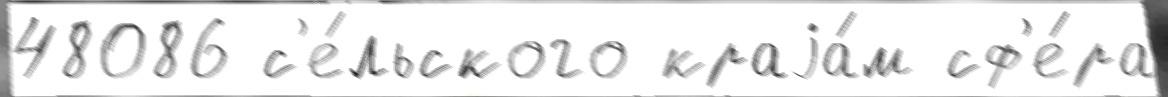
48086 с'е́льского краjа́м сф'е́ра